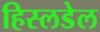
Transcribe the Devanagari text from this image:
हिस्लडेल